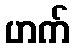
ဟက်